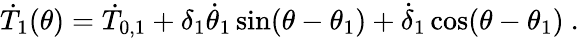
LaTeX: \dot{T}_{1}(\theta)=\dot{T}_{0,1}+\delta_{1}\dot{\theta}_{1}\sin(\theta-\theta_{1})+\dot{\delta}_{1}\cos(\theta-\theta_{1})\ .